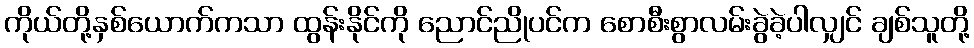
ကိုယ်တို့နှစ်ယောက်ကသာ ထွန်းနိုင်ကို ညောင်ညိုပင်က စောစီးစွာလမ်းခွဲခဲ့ပါလျှင် ချစ်သူတို့